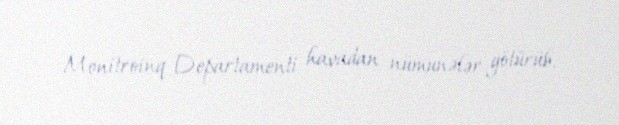
Monitroinq Departamenti havadan nümunələr götürüb.